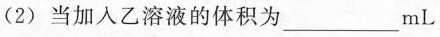
2)当加入乙溶液的体积为___mL